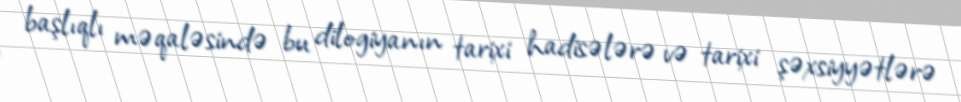
başlıqlı məqaləsində bu dilogiyanın tarixi hadisələrə və tarixi şəxsiyyətlərə